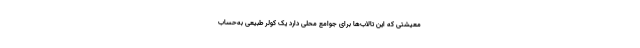
معیشتی که این تالاب‌ها برای جوامع محلی دارد یک کولر طبیعی به‌حساب